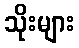
သိုးများ